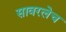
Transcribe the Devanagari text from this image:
सावरलेच